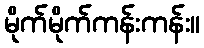
မိုက်မိုက်ကန်းကန်း။